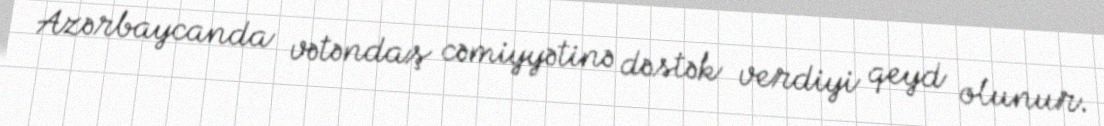
Azərbaycanda vətəndaş cəmiyyətinə dəstək verdiyi qeyd olunur.